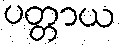
ပတ္တာယ